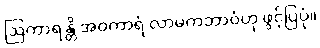
ဩကာရန္တိ အဝကာရံ လာမကဘာဝံဟု ဖွင့်ပြပုံ။